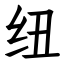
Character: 纽